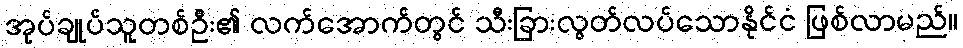
အုပ်ချုပ်သူတစ်ဦး၏ လက်အောက်တွင် သီးခြားလွတ်လပ်သောနိုင်ငံ ဖြစ်လာမည်။